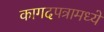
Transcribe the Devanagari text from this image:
कागदपत्रामध्ये